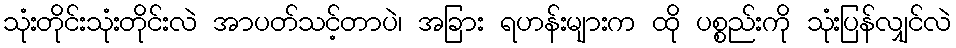
သုံးတိုင်းသုံးတိုင်းလဲ အာပတ်သင့်တာပဲ၊ အခြား ရဟန်းများက ထို ပစ္စည်းကို သုံးပြန်လျှင်လဲ